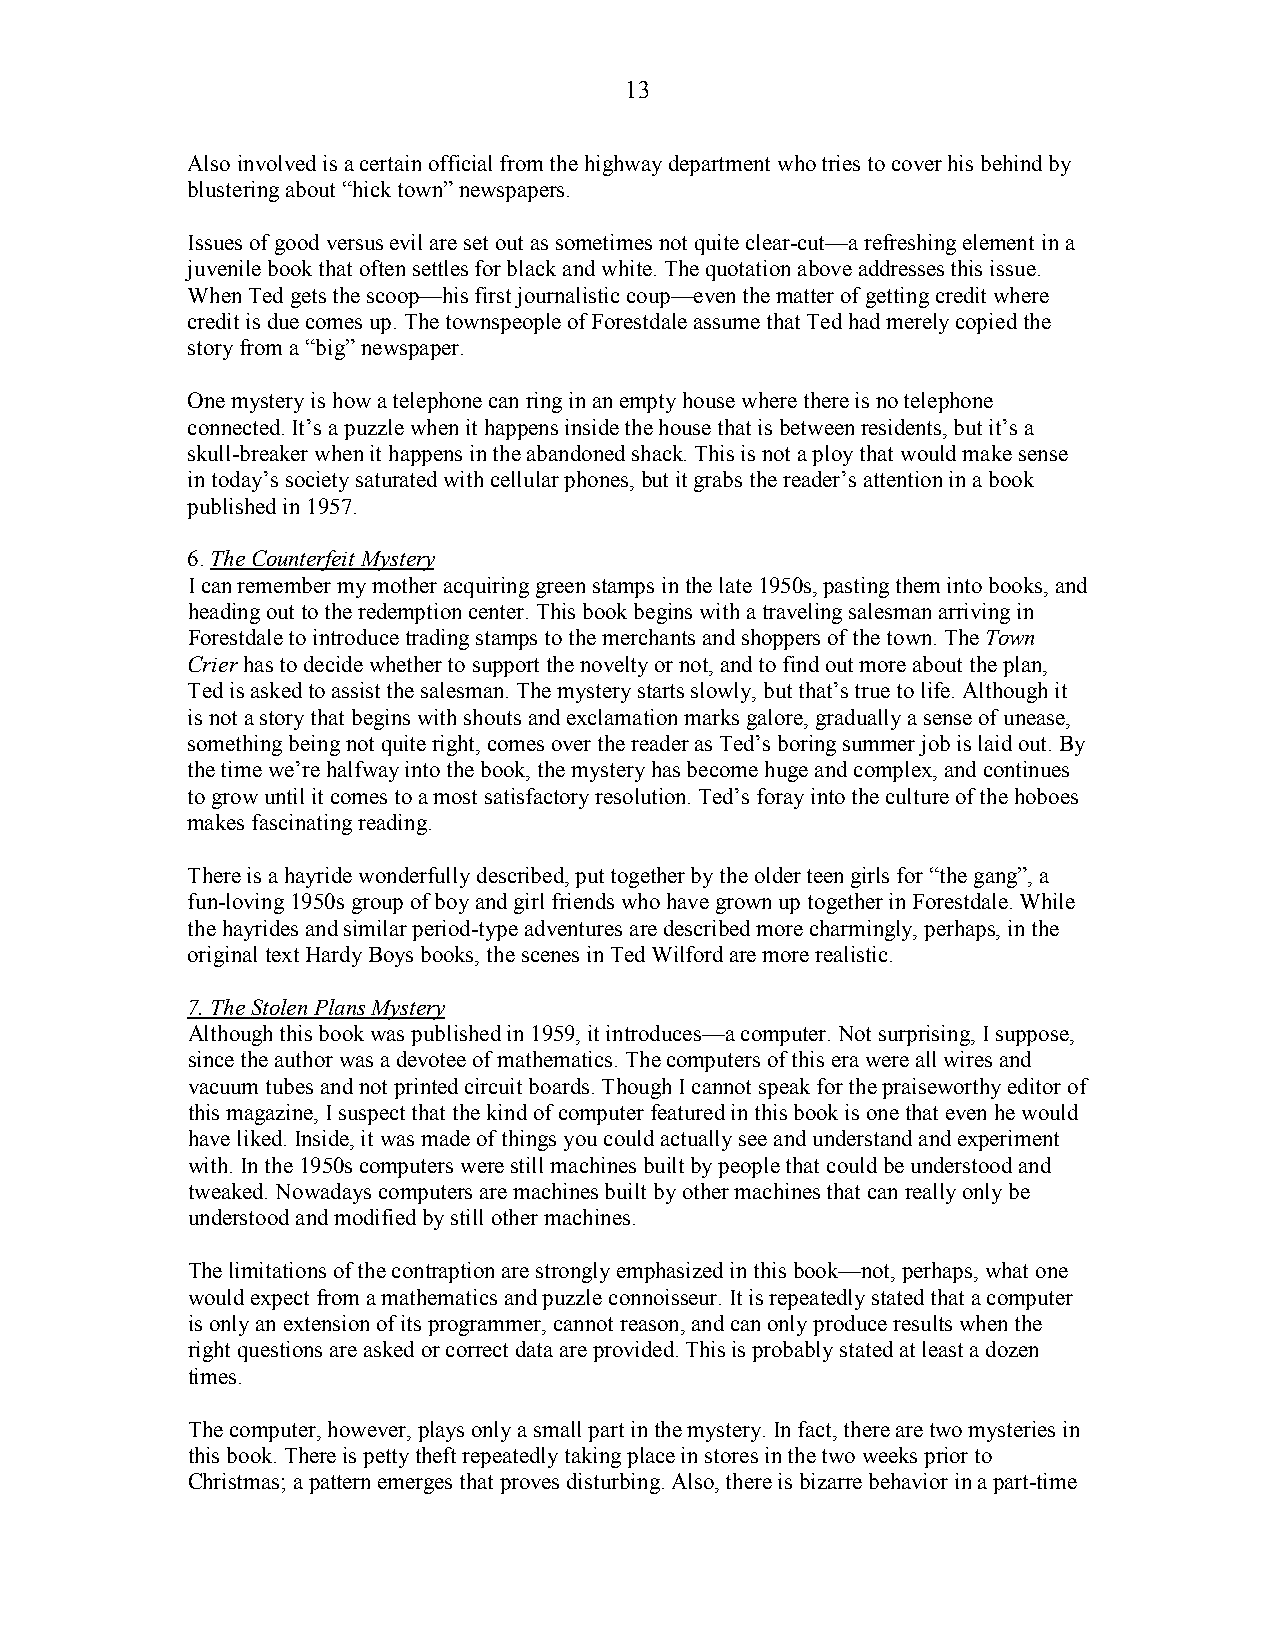
13
 Also involved is a certain official from the highway department who tries to cover his behind by
 blustering about “hick town” newspapers.
 Issues of good versus evil are set out as sometimes not quite clear-cut—a refreshing element in a
 juvenile book that often settles for black and white. The quotation above addresses this issue.
 When Ted gets the scoop—his first journalistic coup—even the matter of getting credit where
 credit is due comes up. The townspeople of Forestdale assume that Ted had merely copied the
 story from a “big” newspaper.
 One mystery is how a telephone can ring in an empty house where there is no telephone
 connected. It’s a puzzle when it happens inside the house that is between residents, but it’s a
 skull-breaker when it happens in the abandoned shack. This is not a ploy that would make sense
 in today’s society saturated with cellular phones, but it grabs the reader’s attention in a book
 published in 1957.
 6. The Counterfeit Mystery
 I can remember my mother acquiring green stamps in the late 1950s, pasting them into books, and
 heading out to the redemption center. This book begins with a traveling salesman arriving in
 Forestdale to introduce trading stamps to the merchants and shoppers of the town. The Town
 Crier has to decide whether to support the novelty or not, and to find out more about the plan,
 Ted is asked to assist the salesman. The mystery starts slowly, but that’s true to life. Although it
 is not a story that begins with shouts and exclamation marks galore, gradually a sense of unease,
 something being not quite right, comes over the reader as Ted’s boring summer job is laid out. By
 the time we’re halfway into the book, the mystery has become huge and complex, and continues
 to grow until it comes to a most satisfactory resolution. Ted’s foray into the culture of the hoboes
 makes fascinating reading.
 There is a hayride wonderfully described, put together by the older teen girls for “the gang”, a
 fun-loving 1950s group of boy and girl friends who have grown up together in Forestdale. While
 the hayrides and similar period-type adventures are described more charmingly, perhaps, in the
 original text Hardy Boys books, the scenes in Ted Wilford are more realistic.
 7. The Stolen Plans Mystery
 Although this book was published in 1959, it introduces—a computer. Not surprising, I suppose,
 since the author was a devotee of mathematics. The computers of this era were all wires and
 vacuum tubes and not printed circuit boards. Though I cannot speak for the praiseworthy editor of
 this magazine, I suspect that the kind of computer featured in this book is one that even he would
 have liked. Inside, it was made of things you could actually see and understand and experiment
 with. In the 1950s computers were still machines built by people that could be understood and
 tweaked. Nowadays computers are machines built by other machines that can really only be
 understood and modified by still other machines.
 The limitations of the contraption are strongly emphasized in this book—not, perhaps, what one
 would expect from a mathematics and puzzle connoisseur. It is repeatedly stated that a computer
 is only an extension of its programmer, cannot reason, and can only produce results when the
 right questions are asked or correct data are provided. This is probably stated at least a dozen
 times.
 The computer, however, plays only a small part in the mystery. In fact, there are two mysteries in
 this book. There is petty theft repeatedly taking place in stores in the two weeks prior to
 Christmas; a pattern emerges that proves disturbing. Also, there is bizarre behavior in a part-time